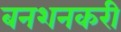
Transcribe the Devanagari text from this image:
बनशनकरी